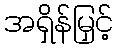
အရှိန်မြှင့်